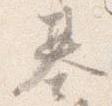
基